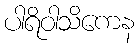
ပါရိဝါသိကေန